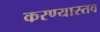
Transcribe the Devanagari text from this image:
करण्यास्तव